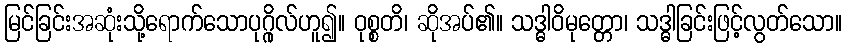
မြင်ခြင်းအဆုံးသို့ရောက်သောပုဂ္ဂိုလ်ဟူ၍။ ဝုစ္စတိ၊ ဆိုအပ်၏။ သဒ္ဓါဝိမုတ္တော၊ သဒ္ဓါခြင်းဖြင့်လွတ်သော။